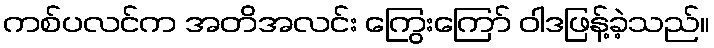
ကစ်ပလင်က အတိအလင်း ကြွေးကြော် ဝါဒဖြန့်ခဲ့သည်။